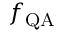
f _ { \mathrm { Q A } }